Rangoon Lunatic Asylum 1878-1892 - 1878-1892
Year: 1878
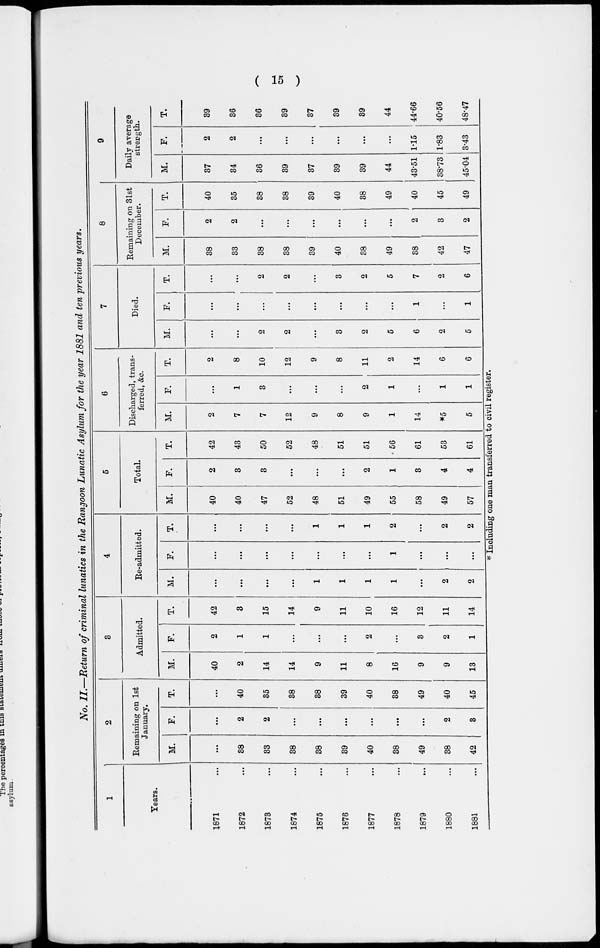
( 15 )
No. II.—Return of criminal lunatics in the Rangoon Lunatic Asylum for the year 1881 and ten previous years.
1
Years.
1871 ...
1872 ...
1873 ...
1874 ...
1875 ...
1876 ...
1877 ...
1878 ...
1879 ...
1880 ...
1881 ...
2
Remaining on 1st
January.
M.
...
38
33
38
38
39
40
38
49
38
42
F.
...
2
2
...
...
...
...
...
...
2
3
T.
...
40
35
38
38
39
40
38
49
40
45
3
Admitted.
M.
40
2
14
14
9
11
8
16
9
9
13
F.
2
1
1
...
...
...
2
...
3
2
1
T.
42
3
15
14
9
11
10
16
12
11
14
4
Re-admitted.
M.
...
...
...
...
1
1
1
1
...
2
2
F.
...
...
...
...
...
...
...
1
...
...
...
T.
...
...
...
...
1
1
1
2
...
2
2
5
Total.
M.
40
40
47
52
48
51
49
55
58
49
57
F.
2
3
3
...
...
...
2
1
3
4
4
T.
42
43
50
52
48
51
51
56
61
53
61
6
Discharged, trans-
ferred, &c.
M.
2
7
7
12
9
8
9
1
14
*5
5
F.
...
1
3
...
...
...
2
1
...
1
1
T.
2
8
10
12
9
8
11
2
14
6
6
7
Died.
M.
...
...
2
2
...
3
2
5
6
2
5
F.
...
...
...
...
...
...
...
...
1
...
1
T.
...
...
2
2
...
3
2
5
7
2
6
8
Remaining on 31st
December.
M.
38
33
38
38
39
40
38
49
38
42
47
F.
2
2
...
...
...
...
...
...
2
3
2
T.
40
35
38
38
39
40
38
49
40
45
49
9
Daily average
strength.
M.
37
34
36
39
37
39
39
44
43.51
38.73
45.04
F.
2
2
...
...
...
...
...
...
1.15
1.83
3.43
T.
39
36
36
39
37
39
39
44
44.66
40.56
48.47
* Including one man transferred to civil register.